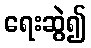
ရေးဆွဲ၍